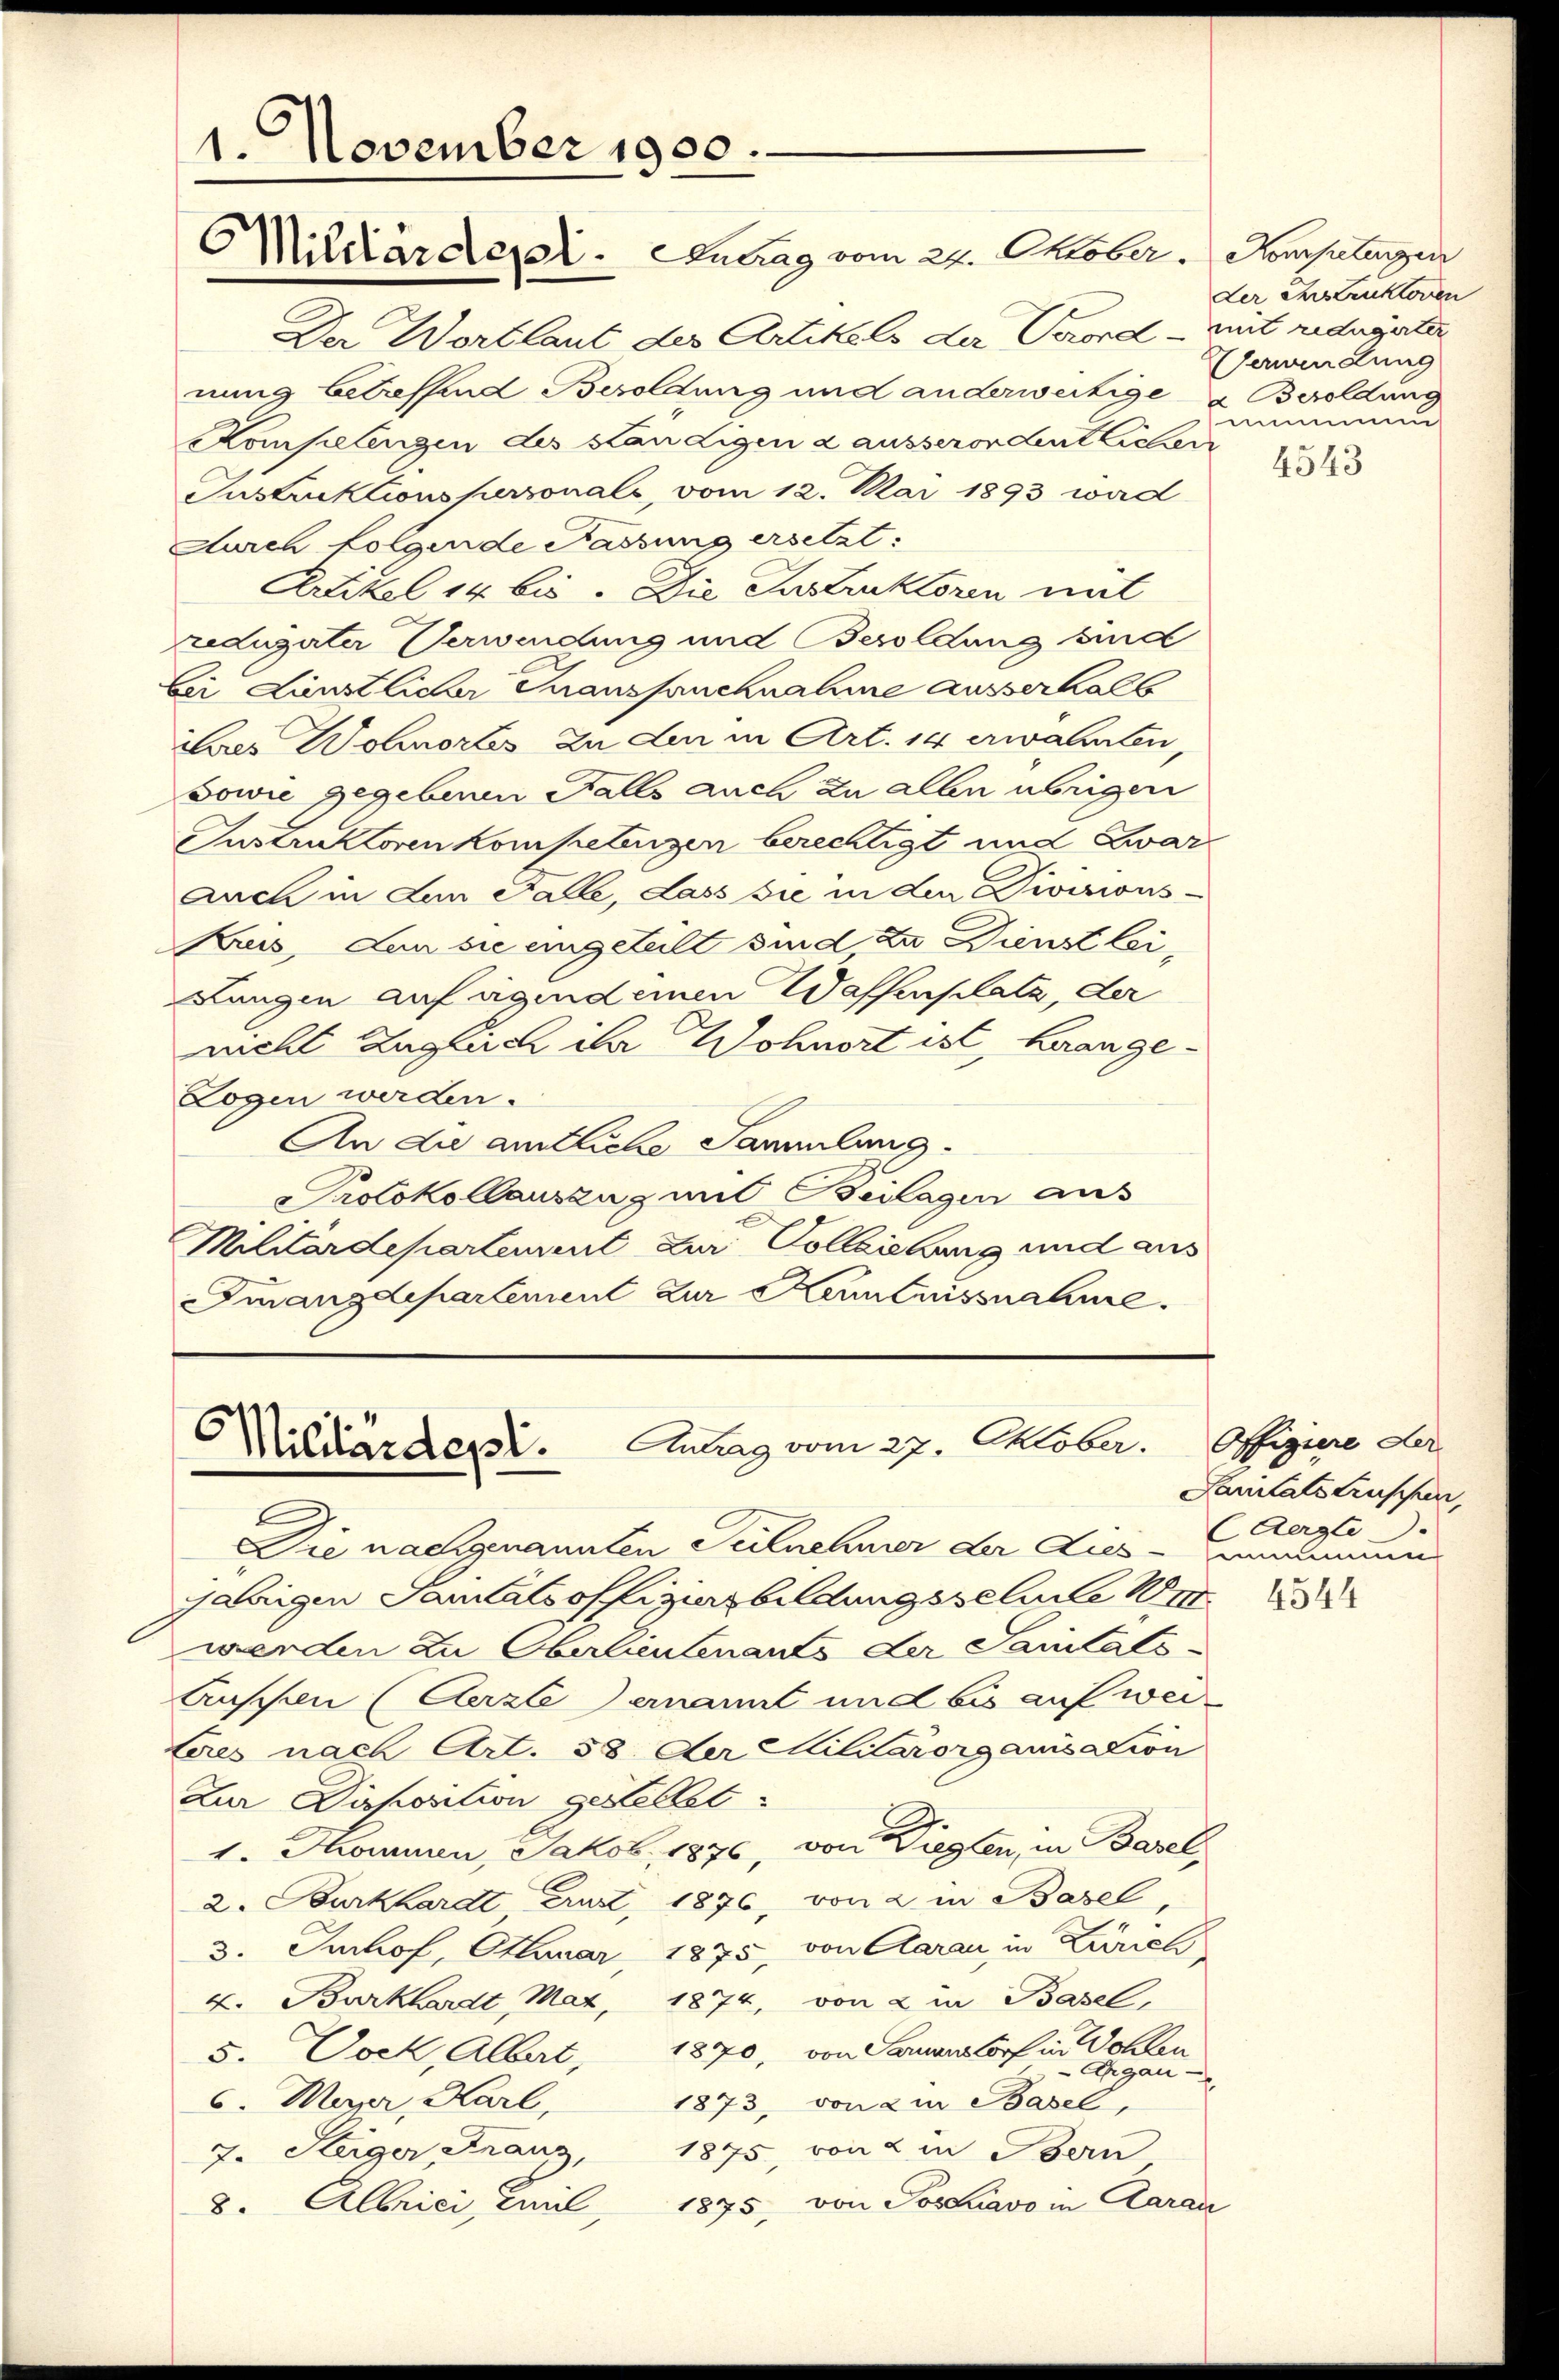
Der Wortlaut des Artikels der Bord - mit reduzirter
nung betreffend Besoldung und anderweitige & Besoldung
Kompelingen des stan Ligen a ausserordentlicher
Instruktionspersonals, vom 12. Mai 1893 wird
Durch folgende Fassung ersetzt:
Artikel 14 bis. Die Instruktoren mit
reduzirter Verwendung und Besoldung sind
bei Lünstlicher Transpruchnahme ausserhalb
Lares Wohnortes zu den in Art. 14 erwähnten,
Sowie gegebenen Falls auch zu aben übrigen
Instruktoren kompetenzen berechtigt und Zwar
Auch in Lein Falle, Lass sie in der Divisions
Krus, den sie eingeteilt sind zu Dienst lei¬
Lungen auf eigendeinen Waffenplatz, der
nicht Zugleich ihr Wohnort ist, herange¬
Logen werden.
An die amtliche Sammlung.
Protokollauszug mit Beilagen aus
Militärdepartement zur Vollziehung und aus
Fuangdepartement zur Kenntnissnahme.

1. November 1900.
Mildärdepat. Antrag vom 24. Oktober. Horgelegen

Antrag vom 27. Oktober.
Militärdept.

Die nachgenannten Teilnehmer der Lies-unamen
arigen Saitals offiziers bildungsgelile 187
werden zu Oberlieutenants der Sanitäts-
Anschen (Aerzte ernannt und bis auf wei
teres nach Art. 58. Der Militärorganisation
Zur Disposition gestellet:
1. Sommen, Jakob, 1876, von Lieglen, in Basel,
2. Burkhardt aust 1876, von 2. in Basel-
3. Imhof, Onuar 1875, von Aarau, in Zürich,
4. Burkhardt Maz, 1874, von 2 in Basel,
5. Vock, Albert, 1870, von Samenstorf in Wohlen
Argau
6. Marr, Karl,
1873, von 2 in Basel,
1875, von 2 in Bern
7. Heger Franz,
8. Albrici, Emil 1875, von Josuavo in Clarai

der Instruktoren
Verwendung
mimmu

4543

Offiziere der
Sanitate Leuschen,
(Aerzte

4544